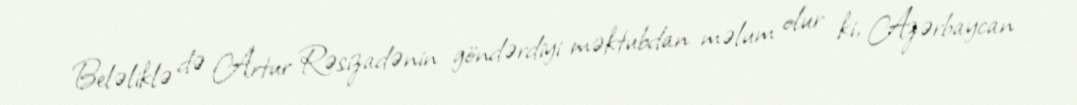
Beləliklə də Artur Rəsizadənin göndərdiyi məktubdan məlum olur ki, Azərbaycan